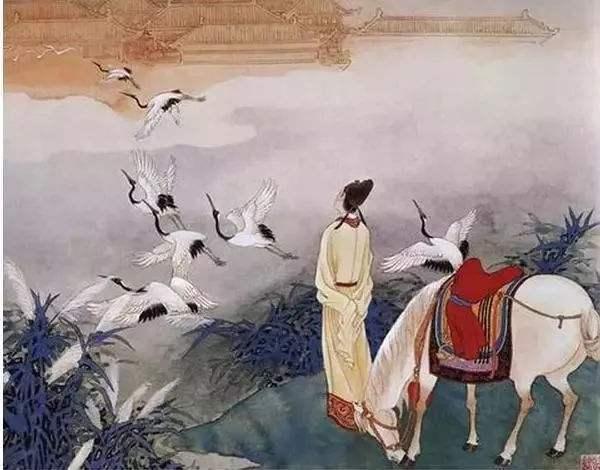
缀玉联珠六十年，谁教冥路作诗仙。